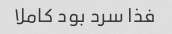
فذا سرد بود کاملا